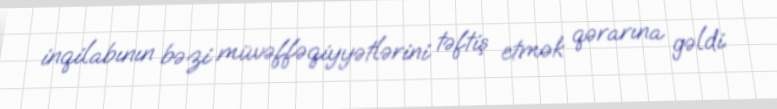
inqilabının bəzi müvəffəqiyyətlərini təftiş etmək qərarına gəldi.